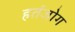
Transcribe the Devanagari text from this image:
हर्तजोग